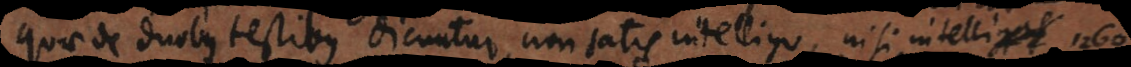
Quae de duobus testibus dicuntur, non satis intelligo, nisi intelliga